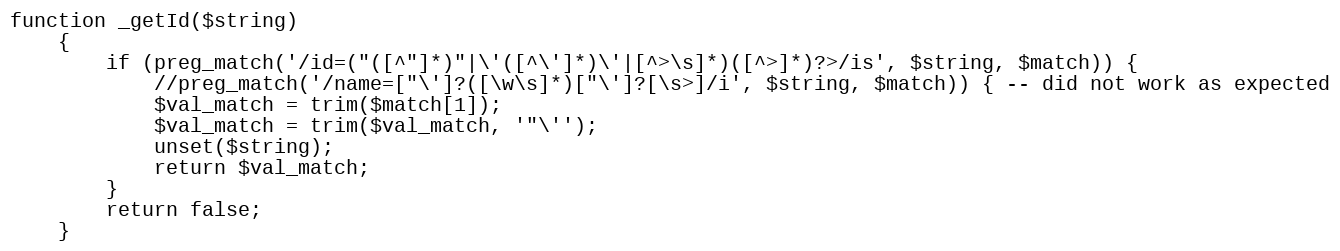
Language: PHP
function _getId($string)
	{
		if (preg_match('/id=("([^"]*)"|\'([^\']*)\'|[^>\s]*)([^>]*)?>/is', $string, $match)) {
			//preg_match('/name=["\']?([\w\s]*)["\']?[\s>]/i', $string, $match)) { -- did not work as expected
			$val_match = trim($match[1]);
			$val_match = trim($val_match, '"\'');
			unset($string);
			return $val_match;
		}
		return false;
	}